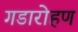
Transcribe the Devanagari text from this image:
गडारोहण